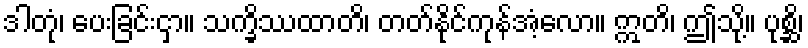
ဒါတုံ၊ ပေးခြင်းငှာ။ သက္ခိဿထာတိ၊ တတ်နိုင်ကုန်အံ့လော။ ဣတိ၊ ဤသို့။ ပုစ္ဆိ၊